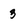
Character: 3